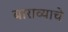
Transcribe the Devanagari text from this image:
बाराव्याचे